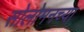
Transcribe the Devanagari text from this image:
सोलोमनच्या